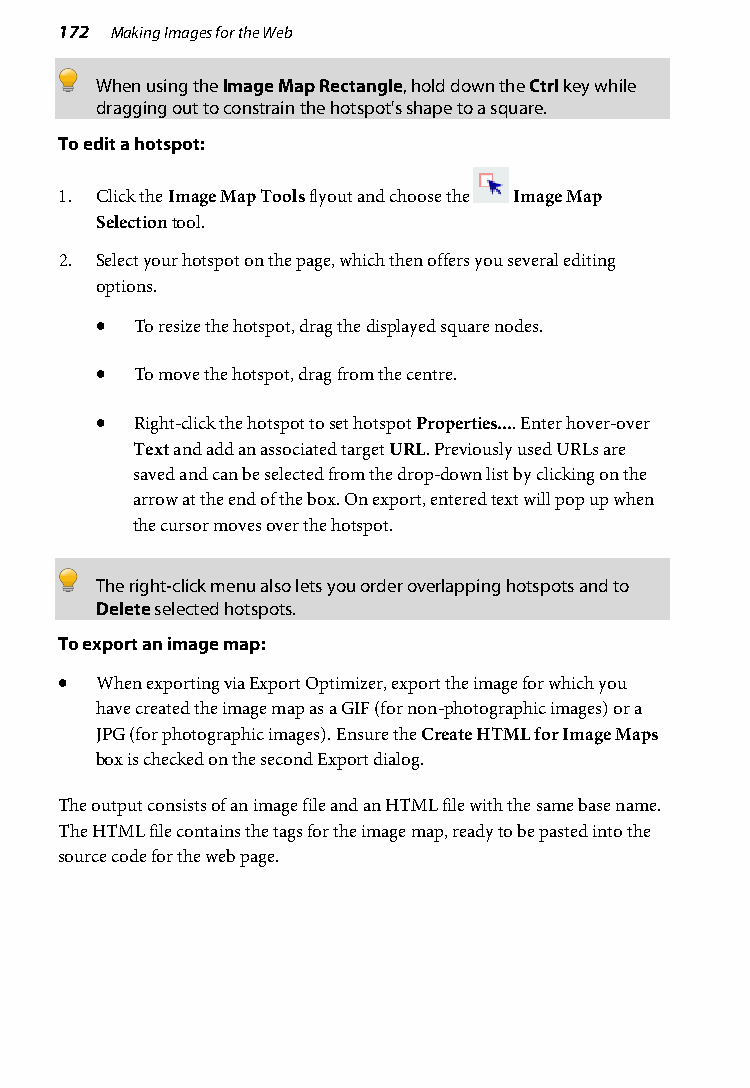
172 Making Images for the Web
 When using the Image Map Rectangle, hold down the Ctrl key while
 dragging out to constrain the hotspot's shape to a square.
 To edit a hotspot:
 1. Click the Image Map Tools flyout and choose the Image Map
 Selection tool.
 2. Select your hotspot on the page, which then offers you several editing
 options.
 •  To resize the hotspot, drag the displayed square nodes.
 •  To move the hotspot, drag from the centre.
 •  Right-click the hotspot to set hotspot Properties.... Enter hover-over
 Text and add an associated target URL. Previously used URLs are
 saved and can be selected from the drop-down list by clicking on the
 arrow at the end of the box. On export, entered text will pop up when
 the cursor moves over the hotspot.
 The right-click menu also lets you order overlapping hotspots and to
 Delete selected hotspots.
 To export an image map:
 • When exporting via Export Optimizer, export the image for which you
 have created the image map as a GIF (for non-photographic images) or a
 JPG (for photographic images). Ensure the Create HTML for Image Maps
 box is checked on the second Export dialog.
 The output consists of an image file and an HTML file with the same base name.
 The HTML file contains the tags for the image map, ready to be pasted into the
 source code for the web page.